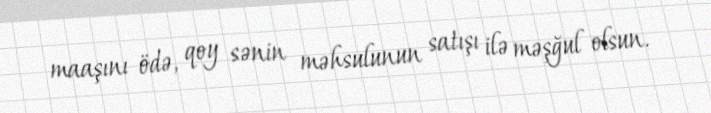
maaşını ödə, qoy sənin məhsulunun satışı ilə məşğul olsun.